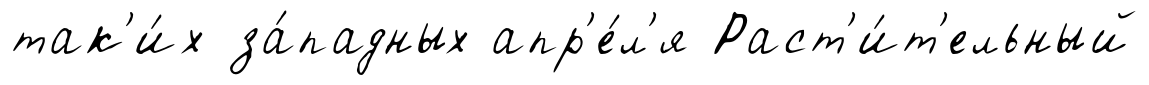
так'и́х за́падных апр'е́л'я Раст'и́т'ельный